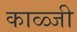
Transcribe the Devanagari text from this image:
काळ्जी